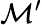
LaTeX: {\mathcal{M}}^{\prime}